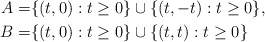
\begin{align*}A=&\{(t,0): t\ge 0\}\cup \{(t,-t): t\ge 0\},\\B=&\{(t,0): t\ge 0\}\cup \{(t,t): t\ge 0\}\end{align*}